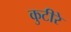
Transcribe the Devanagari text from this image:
कुटीरे